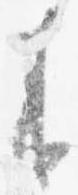
来